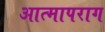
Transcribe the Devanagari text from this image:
आत्मापराग